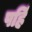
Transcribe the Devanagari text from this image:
पहिं